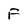
Character: F